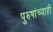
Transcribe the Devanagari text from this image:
पुरुषांच्याही